Report on the lunatic asylums in Bengal - 1862-
Year: 1862
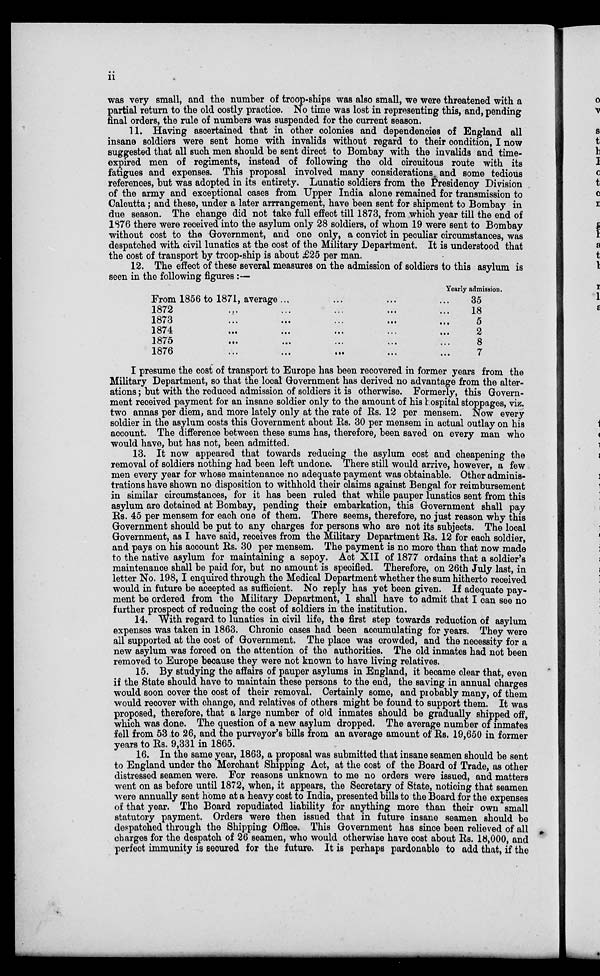
ii
was very small, and the number of troop-ships was also small, we were threatened with a
partial return to the old costly practice. No time was lost in representing this, and, pending
final orders, the rule of numbers was suspended for the current season.
11. Having ascertained that in other colonies and dependencies of England all
insane soldiers were sent home with invalids without regard to their condition, I now
suggested that all such men should be sent direct to Bombay with the invalids and time-
expired men of regiments, instead of following the old circuitous route with its
fatigues and expenses. This proposal involved many considerations and some tedious
references, but was adopted in its entirety. Lunatic soldiers from the Presidency Division
of the army and exceptional cases from Upper India alone remained for transmission to
Calcutta; and these, under a later arrrangement, have been sent for shipment to Bombay in
due season. The change did not take full effect till 1873, from which year till the end of
1876 there were received into the asylum only 28 soldiers, of whom 19 were sent to Bombay
without cost to the Government, and one only, a convict in peculiar circumstances, was
despatched with civil lunatics at the cost of the Military Department. It is understood that
the cost of transport by troop-ship is about £25 per man.
12. The effect of these several measures on the admission of soldiers to this asylum is
seen in the following figures :—
From 1856 to 1871, average ... ... ... ...
1872 ... ... ... ... ...
1873
...
...
...
...
...
1874
...
...
...
...
...
1875
...
...
...
...
...
1876
...
...
...
...
...
Yearly admission.
35
18
5
2
8
7
I presume the cost of transport to Europe has been recovered in former years from the
Military Department, so that the local Government has derived no advantage from the alter-
ations ; but with the reduced admission of soldiers it is otherwise. Formerly, this Govern-
ment received payment for an insane soldier only to the amount of his hospital stoppages, viz.
two annas per diem, and more lately only at the rate of Rs. 12 per mensem. Now every
soldier in the asylum costs this Government about Rs. 30 per mensem in actual outlay on his
account. The difference between these sums has, therefore, been saved on every man who
would have, but has not, been admitted.
13. It now appeared that towards reducing the asylum cost and cheapening the
removal of soldiers nothing had been left undone. There still would arrive, however, a few
men every year for whose maintenance no adequate payment was obtainable. Other adminis-
trations have shown no disposition to withhold their claims against Bengal for reimbursement
in similar circumstances, for it has been ruled that while pauper lunatics sent from this
asylum are detained at Bombay, pending their embarkation, this Government shall pay
Rs. 45 per mensem for each one of them. There seems, therefore, no just reason why this
Government should be put to any charges for persons who are not its subjects. The local
Government, as I have said, receives from the Military Department Rs. 12 for each soldier,
and pays on his account Rs. 30 per mensem. The payment is no more than that now made
to the native asylum for maintaining a sepoy. Act XII of 1877 ordains that a soldier's
maintenance shall be paid for, but no amount is specified. Therefore, on 26th July last, in
letter No. 198, I enquired through the Medical Department whether the sum hitherto received
would in future be accepted as sufficient. No reply has yet been given. If adequate pay-
ment be ordered from the Military Department, I shall have to admit that I can see no
further prospect of reducing the cost of soldiers in the institution.
14. With regard to lunatics in civil life, the first step towards reduction of asylum
expenses was taken in 1863. Chronic cases had been accumulating for years. They were
all supported at the cost of Government. The place was crowded, and the necessity for a
new asylum was forced on the attention of the authorities. The old inmates had not been
removed to Europe because they were not known to have living relatives.
15. By studying the affairs of pauper asylums in England, it became clear that, even
if the State should have to maintain these persons to the end, the saving in annual charges
would soon cover the cost of their removal. Certainly some, and probably many, of them
would recover with change, and relatives of others might be found to support them. It was
proposed, therefore, that a large number of old inmates should be gradually shipped off,
which was done. The question of a new asylum dropped. The average number of inmates
fell from 53 to 26, and the purveyor's bills from an average amount of Rs. 19,650 in former
years to Rs. 9,331 in 1865.
16. In the same year, 1863, a proposal was submitted that insane seamen should be sent
to England under the Merchant Shipping Act, at the cost of the Board of Trade, as other
distressed seamen were. For reasons unknown to me no orders were issued, and matters
went on as before until 1872, when, it appears, the Secretary of State, noticing that seamen
were annually sent home at a heavy cost to India, presented bills to the Board for the expenses
of that year. The Board repudiated liability for anything more than their own small
statutory payment. Orders were then issued that in future insane seamen should be
despatched through the Shipping Office. This Government has since been relieved of all
charges for the despatch of 26 seamen, who would otherwise have cost about Rs. 18,000, and
perfect immunity is secured for the future. It is perhaps pardonable to add that, if the